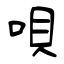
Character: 唄